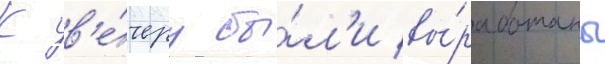
К в'е́черу бы́л'и вы́работаны